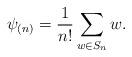
LaTeX: \begin{align*}\psi_{(n)} = \frac{1}{n!} \sum_{w \in S_n} w.\end{align*}